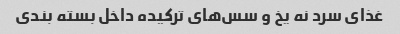
غذای سرد نه یخ و سس‌های ترکیده داخل بسته بندی